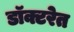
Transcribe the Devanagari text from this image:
डॉक्टरेत